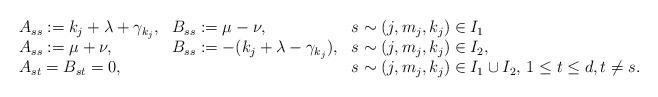
LaTeX: \begin{align*} \begin{array}{lll} A_{ss}:= k_j + \lambda + \gamma_{k_j}, & B_{ss}:= \mu - \nu, &s\sim (j,m_j,k_j)\in I_1 \\ A_{ss}:= \mu + \nu, & B_{ss}:= -(k_j + \lambda - \gamma_{k_j}), & s\sim (j,m_j,k_j)\in I_2, \\ A_{st}=B_{st}=0, & &s \sim (j,m_j,k_j)\in I_1\cup I_2, \, 1\leq t\leq d, t\neq s. \end{array}\end{align*}